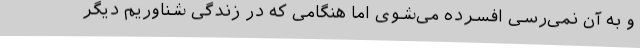
و به آن نمی‌رسی افسرده می‌شوی اما هنگامی که در زندگی شناوریم دیگر